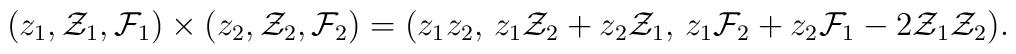
(z_1,{\cal Z}_1,{\cal F}_1)\times (z_2,{\cal Z}_2,{\cal F}_2)=(z_1z_2,\, z_1{\cal Z}_2+ z_2{\cal Z}_1,\, z_1{\cal F}_2+z_2{\cal F}_1-2{\cal Z}_1{\cal Z}_2).